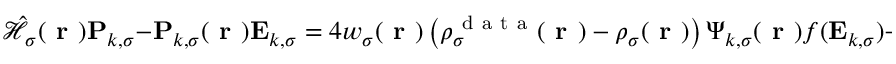
\hat { \mathcal { { H } } } _ { \sigma } ( \boldsymbol { \textbf { r } } ) \mathbf { P } _ { k , \sigma } - \mathbf { P } _ { k , \sigma } ( \boldsymbol { \textbf { r } } ) \mathbf { E } _ { k , \sigma } = 4 w _ { \sigma } ( \boldsymbol { \textbf { r } } ) \left( \rho _ { \sigma } ^ { \mathrm { ~ d ~ a ~ t ~ a ~ } } ( \boldsymbol { \textbf { r } } ) - \rho _ { \sigma } ( \boldsymbol { \textbf { r } } ) \right) \boldsymbol { \Psi } _ { k , \sigma } ( \boldsymbol { \textbf { r } } ) f ( \mathbf { E } _ { k , \sigma } ) - \boldsymbol { \Psi } _ { k , \sigma } ( \boldsymbol { \textbf { r } } ) \left( \mathbf { D } _ { k , \sigma } + \mathbf { D } _ { k , \sigma } ^ { \mathrm { ~ T ~ } } \right) \, .